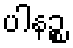
ပါနဉ္စ